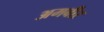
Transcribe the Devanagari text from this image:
अमबीर